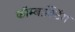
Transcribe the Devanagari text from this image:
कॉम्बाक्टिंग